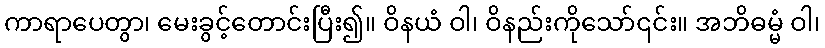
ကာရာပေတွာ၊ မေးခွင့်တောင်းပြီး၍။ ဝိနယံ ဝါ၊ ဝိနည်းကိုသော်၎င်း။ အဘိဓမ္မံ ဝါ၊